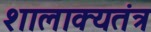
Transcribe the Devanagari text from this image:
शालाक्यतंत्र